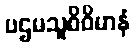
ပဌမသူစိဝိမာနံ